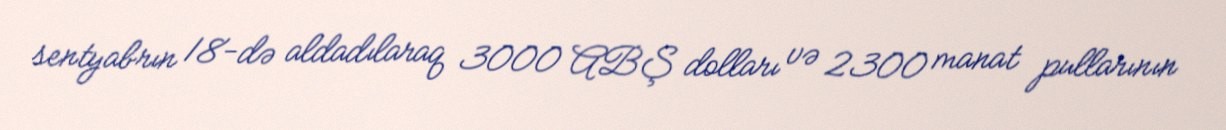
sentyabrın 18-də aldadılaraq 3000 ABŞ dolları və 2300 manat pullarının